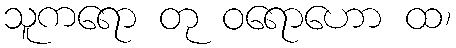
သူကရော တု ဝရောဟော ထ၊